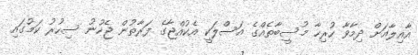
އާއިލާއަށް ދިމާވާ ހުރިހާ މުސީބާތެއްގެ އަސްލަކީ އެކުއްޖާގެ ފަރާތުން ޖެހުނު ސިހުރު ކަމުގައި